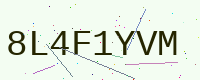
Text: 8L4F1YVM